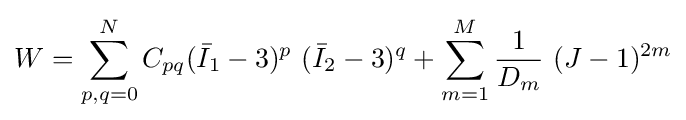
W=\sum _{p,q=0}^{N}C_{pq}({\bar {I}}_{1}-3)^{p}~({\bar {I}}_{2}-3)^{q}+\sum _{m=1}^{M}{\frac {1}{D_{m}}}~(J-1)^{2m}